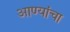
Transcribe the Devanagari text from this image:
आण्यांचा